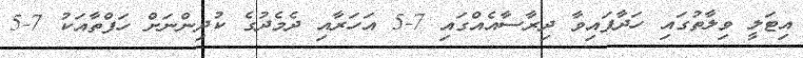
އިޓަލީ ވިލާތުގައި ހަދާފައިވާ ދިރާސާއެއްގައި 7-5 އަހަރާއި ދެމެދުގެ ކުދިންނަށް ހަފްތާއަކު 7-5